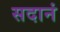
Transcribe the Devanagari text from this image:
सदानं